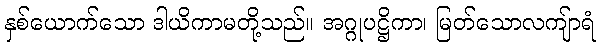
နှစ်ယောက်သော ဒါယိကာမတို့သည်။ အဂ္ဂုပဋ္ဌိကာ၊ မြတ်သောလကျ်ာရံ